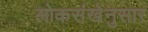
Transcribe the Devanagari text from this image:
लोकसंखेनुसार